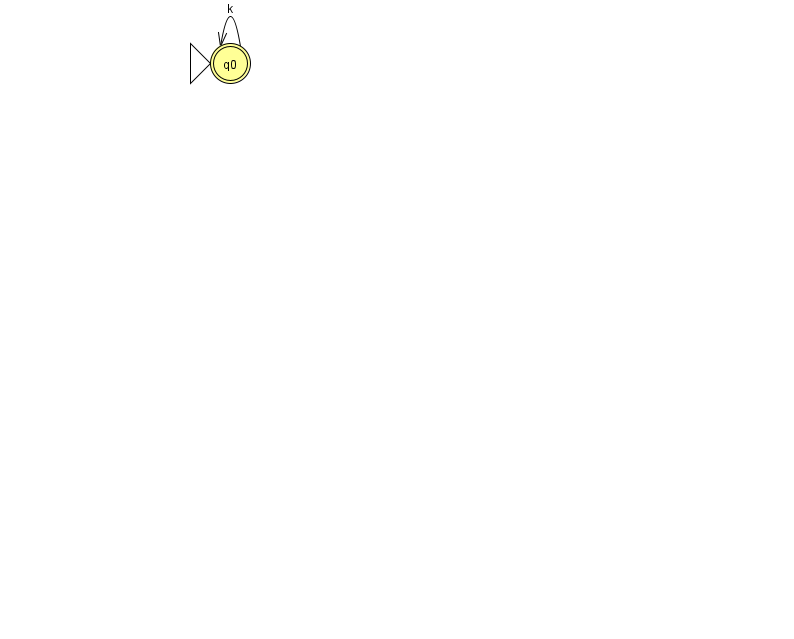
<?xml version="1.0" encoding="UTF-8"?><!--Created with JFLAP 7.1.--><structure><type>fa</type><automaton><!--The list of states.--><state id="0" name="q0"><x>230.0</x><y>50.0</y><initial/><final/></state><!--The list of transitions.--><transition><from>0</from><to>0</to><read>k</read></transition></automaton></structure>